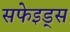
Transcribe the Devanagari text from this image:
सफेइड्स